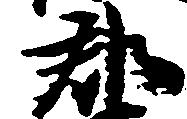
郡